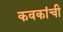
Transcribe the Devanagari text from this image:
कवकांची